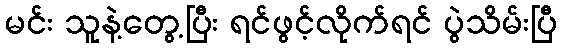
မင်း သူနဲ့တွေ့ပြီး ရင်ဖွင့်လိုက်ရင် ပွဲသိမ်းပြီ